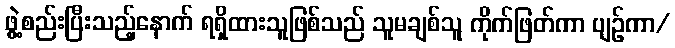
ဖွဲ့စည်းပြီးသည့်နောက် ရရှိထားသူဖြစ်သည် သူမချစ်သူ ကိုက်ဖြတ်ကာ ပျဉ်ကာ/